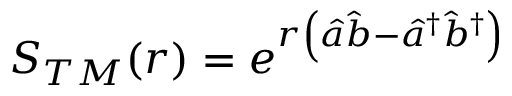
S _ { T M } ( r ) = e ^ { r \left( \hat { a } \hat { b } - \hat { a } ^ { \dagger } \hat { b } ^ { \dagger } \right) }